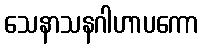
သေနာသနဂါဟာပကော